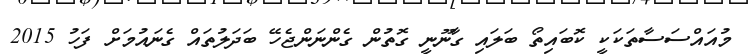
މުއައްސަސާތަކަކީ ކޮބައިތޯ ބަލައި ގާނޫނީ ގޮތުން ގެންނަންޖެހޭ ބަދަލުތައް ގެނައުމަށް ފަހު 2015